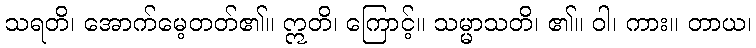
သရတိ၊ အောက်မေ့တတ်၏။ ဣတိ၊ ကြောင့်။ သမ္မာသတိ၊ ၏။ ဝါ၊ ကား။ တာယ၊